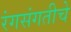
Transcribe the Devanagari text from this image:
रंगसंगतीचे